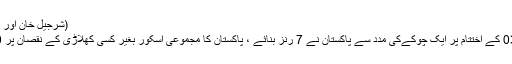
(شرجیل خان اور احمد شہزاد)
اوور نمبر 03 کے اختتام پر ایک چوکےکی مدد سے پاکستان نے 7 رنز بنائے ، پاکستان کا مجموعی اسکور بغیر کسی کھلاڑی کے نقصان پر 12/0 ہوگیا۔